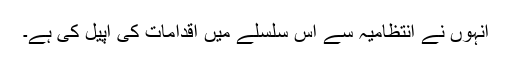
انہوں نے انتظامیہ سے اس سلسلے میں اقدامات کی اپیل کی ہے۔